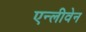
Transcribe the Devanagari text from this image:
एन्लीवेन